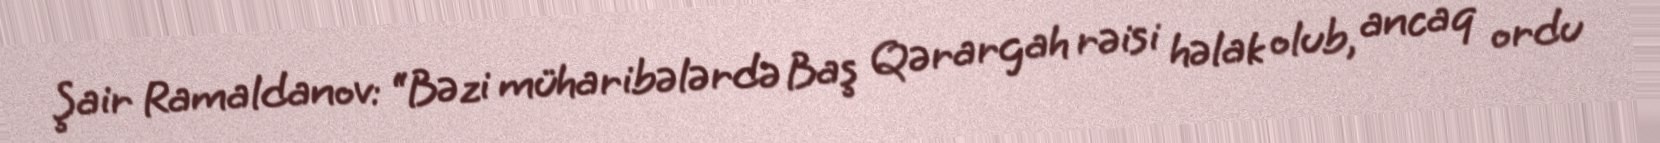
Şair Ramaldanov: “Bəzi müharibələrdə Baş Qərargah rəisi həlak olub, ancaq ordu